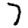
Digit: 7